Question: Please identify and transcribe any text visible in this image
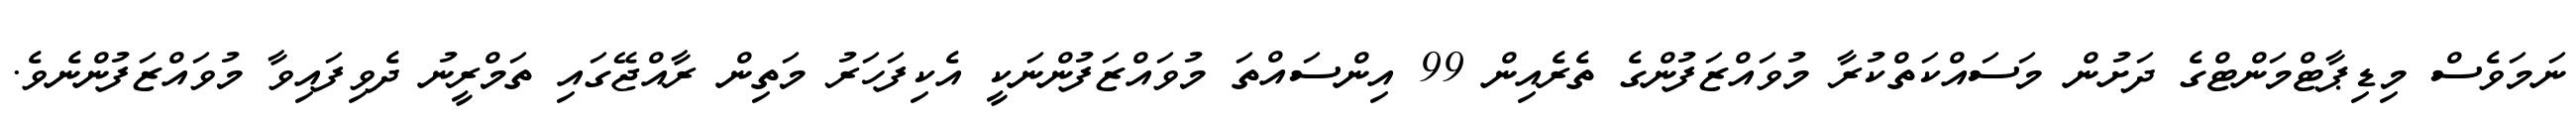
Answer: ނަމަވެސް މިޑިޕާޓްމަންޓްގެ ދަށުން މަސައްކަތްކުރާ މުވައްޒަފުންގެ ތެރެއިން 99 އިންސައްތަ މުވައްޒަފުންނަކީ އެކިފަހަރު މަތިން ރާއްޖޭގައި ތަމްރީނު ދެވިފައިވާ މުވައްޒަފުންނެވެ.